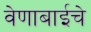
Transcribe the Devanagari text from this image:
वेणाबाईचे